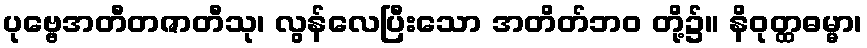
ပုဗ္ဗေအတီတဇာတီသု၊ လွန်လေပြီးသော အတိတ်ဘဝ တို့၌။ နိဝုတ္ထဓမ္မာ၊